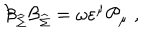
\mathcal { B } _ { \widehat { \Sigma } } \mathcal { B } _ { \widehat { \Sigma } } = \omega \varepsilon ^ { \mu } \mathcal { P } _ { \mu } \; ,